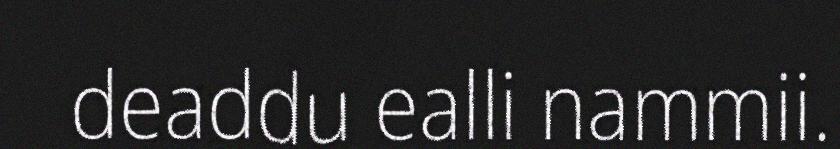
deaddu ealli nammii.